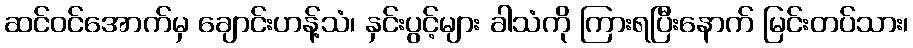
ဆင်ဝင်အောက်မှ ချောင်းဟန့်သံ၊ နှင်းပွင့်များ ခါသံကို ကြားရပြီးနောက် မြင်းတပ်သား၊